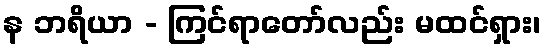
န ဘရိယာ - ကြင်ရာတော်လည်း မထင်ရှား၊